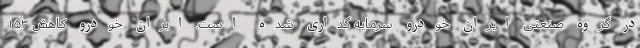
در گروه صنعتی ایران خودرو سرمایه گذاری شده است. ایران خودرو کاهش ۱۵۳